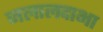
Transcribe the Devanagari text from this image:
जलालदाभा